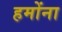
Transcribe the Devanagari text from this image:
हमोंना